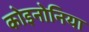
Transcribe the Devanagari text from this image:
कोइनोनिया